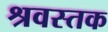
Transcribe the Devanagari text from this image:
श्रवस्तक